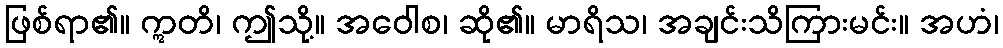
ဖြစ်ရာ၏။ ဣတိ၊ ဤသို့။ အဝေါစ၊ ဆို၏။ မာရိသ၊ အချင်းသိကြားမင်း။ အဟံ၊